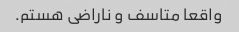
واقعا متاسف و ناراضی هستم.